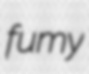
fumy